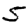
Digit: 5